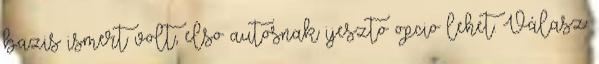
bazis ismert volt, elso autosnak ijeszto opcio lehet. Válasz